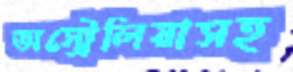
অস্ট্রেলিয়াসহ